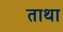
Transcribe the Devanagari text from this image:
ताथा